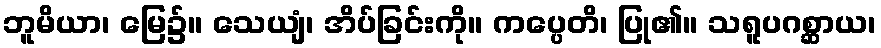
ဘူမိယာ၊ မြေ၌။ သေယျံ၊ အိပ်ခြင်းကို။ ကပ္ပေတိ၊ ပြု၏။ သရူပဂစ္ဆာယ၊